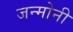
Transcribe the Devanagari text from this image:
जन्मोनी